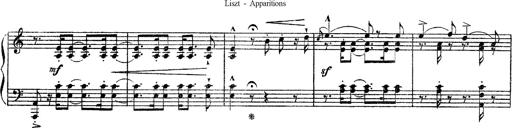
Title: Apparitions
Composer: Franz Liszt